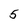
Character: 5